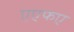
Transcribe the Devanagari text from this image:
एएफए